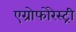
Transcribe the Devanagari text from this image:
एग्रोफोरेस्ट्री